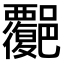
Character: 𧠅